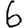
Digit: 6